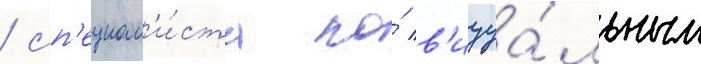
/ сп'ециал'и́ста по́ в'изуа́льным